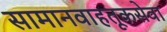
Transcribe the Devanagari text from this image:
सामानवाहतूकसेवा